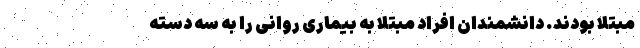
مبتلا بودند. دانشمندان افراد مبتلا به بیماری روانی را به سه دسته